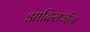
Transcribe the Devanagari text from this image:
आदिसर्जन